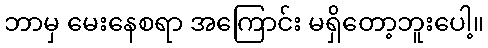
ဘာမှ မေးနေစရာ အကြောင်း မရှိတော့ဘူးပေါ့။